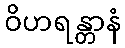
ဝိဟရန္တာနံ